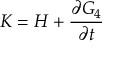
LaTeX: K = H + { \frac { \partial G _ { 4 } } { \partial t } }